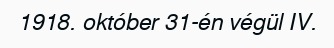
1918. október 31-én végül IV.